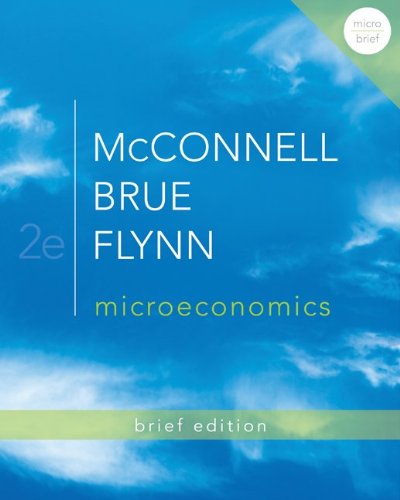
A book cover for Microeconomics Brief Edition (Mcgraw-Hill Economics Series); Campbell McConnell; Business & Money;